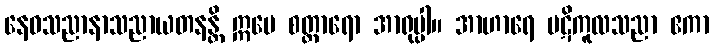
နေဝသညာနာသညာယတနန္တိ ဣမေ စတ္တာရော အာရုပ္ပါ။ အာဟာရေ ပဋိကူလသညာ ဧကာ